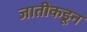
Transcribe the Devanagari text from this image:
जातीकडून